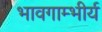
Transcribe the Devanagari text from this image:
भावगाम्भीर्य